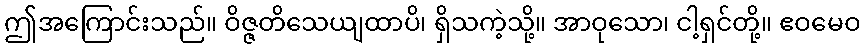
ဤအကြောင်းသည်။ ဝိဇ္ဇတိသေယျထာပိ၊ ရှိသကဲ့သို့။ အာဝုသော၊ ငါ့ရှင်တို့။ ဧဝမေဝ